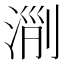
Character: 𣶄